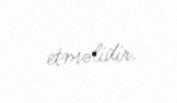
etməlidir.